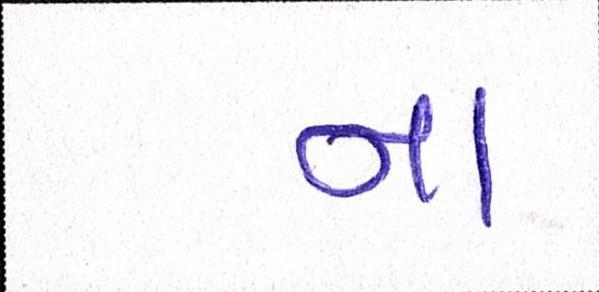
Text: ના